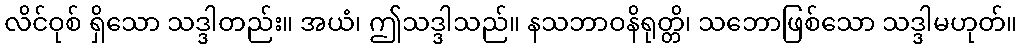
လိင်ဝုစ် ရှိသော သဒ္ဒါတည်း။ အယံ၊ ဤသဒ္ဒါသည်။ နသဘာဝနိရုတ္တိ၊ သဘောဖြစ်သော သဒ္ဒါမဟုတ်။